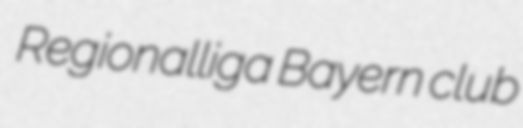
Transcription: Regionalliga Bayern club